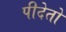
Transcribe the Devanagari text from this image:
पीदेतो